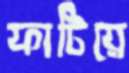
ফাটিয়ে